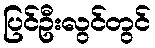
ပြင်ဦးလွင်တွင်